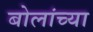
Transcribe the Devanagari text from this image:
बोलांच्या